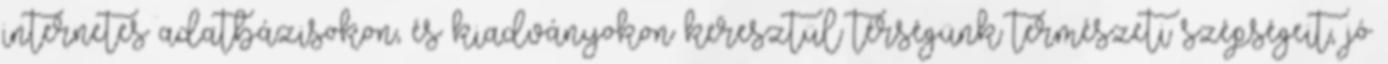
internetes adatbázisokon, és kiadványokon keresztül térségünk természeti szépségeit, jó